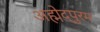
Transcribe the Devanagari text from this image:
अह्मेद्पुरम